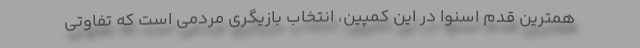
همترین قدم اسنوا در این کمپین، انتخاب بازیگری مردمی است که تفاوتی